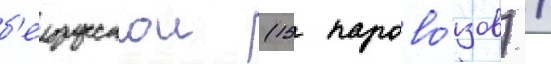
б'елорусскои (15 парово́зов) /